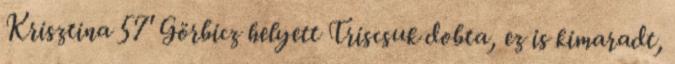
Krisztina 57' Görbicz helyett Triscsuk dobta, ez is kimaradt,